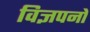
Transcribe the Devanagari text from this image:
विज्ञपनों